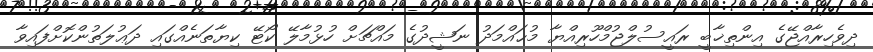
ދިވެހިރާއްޖޭގެ އިންތިޚާބީ ރައީސުލްޖުމްހޫރިއްޔާ މުޙައްމަދު ނަޝީދުގެ މައްޗަށް ހުޅުމާލޭ ކޯޓޭ ކިޔާތަނެއްގައި ދަޢުލަތުންކޮށްފައިވާ